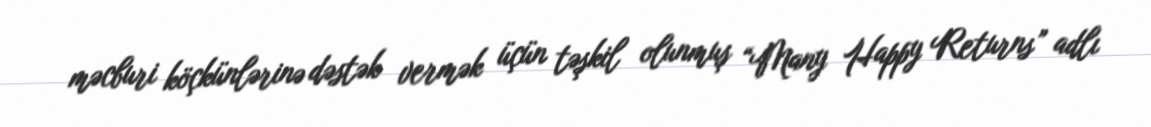
məcburi köçkünlərinə dəstək vermək üçün təşkil olunmuş “Many Happy Returns” adlı